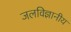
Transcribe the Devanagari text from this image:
जलविज्ञानीय